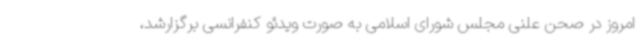
امروز در صحن علنی مجلس شورای اسلامی به صورت ویدئو کنفرانسی برگزارشد،